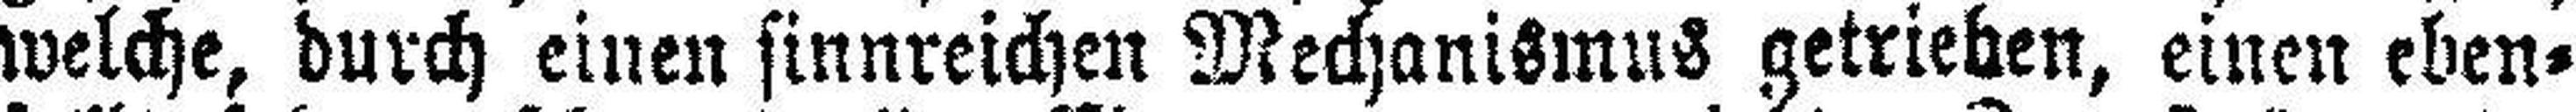
welche, durch einen sinnreichen Mechanismus getrieben, einen eben¬